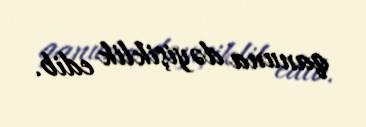
qanuna dəyişiklik edib.